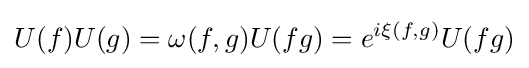
U(f)U(g)=\omega (f,g)U(fg)=e^{i\xi (f,g)}U(fg)